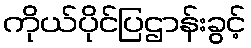
ကိုယ်ပိုင်ပြဌာန်းခွင့်